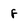
Character: f